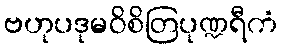
ဗဟုပဒုမဝိစိတြပုဏ္ဍရီကံ